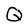
Character: Q